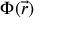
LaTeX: \Phi ( { \vec { r } } )